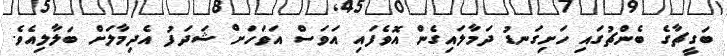
ބަގީޗާގެ ބެންޗުގައި ހަށިގަނޑު ދަމާލައިގެން އޮވެފައި އަވަސް އަވަހަށް ޝަދަފު އެދިމާލަށް ބަލާލިއެވެ.